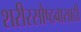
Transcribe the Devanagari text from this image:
शरीरसौष्ठवासाठी